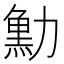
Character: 𠢴